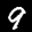
Label: 9